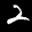
Label: 2